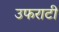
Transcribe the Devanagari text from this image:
उफराटी